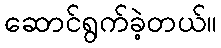
ဆောင်ရွက်ခဲ့တယ်။